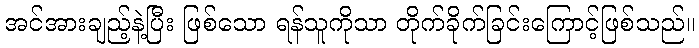
အင်အားချည့်နဲ့ပြီး ဖြစ်သော ရန်သူကိုသာ တိုက်ခိုက်ခြင်းကြောင့်ဖြစ်သည်။